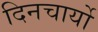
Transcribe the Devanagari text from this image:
दिनचार्यो